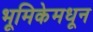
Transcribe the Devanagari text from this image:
भूमिकेमधून